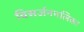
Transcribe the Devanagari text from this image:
विसर्जननलिका